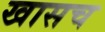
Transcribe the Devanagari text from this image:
खासच